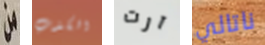
من الكذب آرت ناتالي